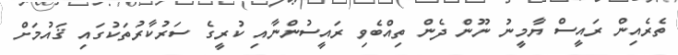
ތެރެއިން ރައީސް ޔާމީނު ނޫން ދެން ތިއްބެވި ރައީސުންނާއި ކުރީގެ ސަރުކާރުތަކުގައި ޤައުމަށް